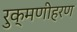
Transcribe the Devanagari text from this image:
रुक्मणीहरण